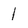
Character: 1